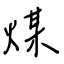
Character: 煤